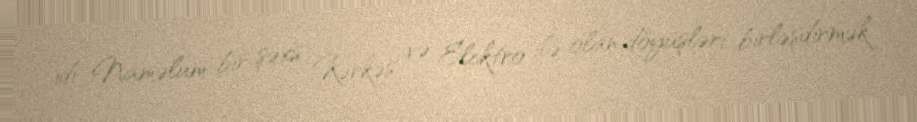
idi. Naməlum bir şəxs Kərkəs və Elektro ilə olan döyüşləri birləşdirmək